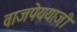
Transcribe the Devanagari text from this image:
वाजपेययाजी